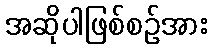
အဆိုပါဖြစ်စဉ်အား